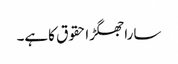
ساراجھگڑاحقوق کاہے۔